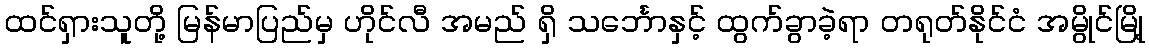
ထင်ရှားသူတို့ မြန်မာပြည်မှ ဟိုင်လီ အမည် ရှိ သင်္ဘောနှင့် ထွက်ခွာခဲ့ရာ တရုတ်နိုင်ငံ အမွိုင်မြို့